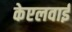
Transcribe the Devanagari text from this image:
केएलवाई